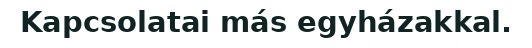
Kapcsolatai más egyházakkal.